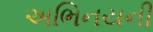
અભિનયની